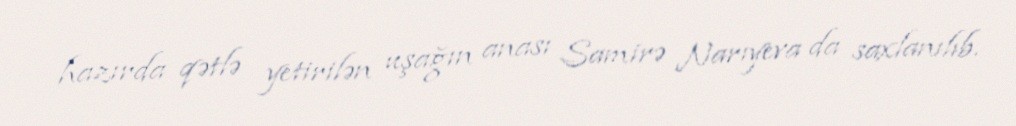
hazırda qətlə yetirilən uşağın anası Samirə Narıyeva da saxlanılıb.